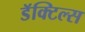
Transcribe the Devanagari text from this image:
डॅक्टिल्स